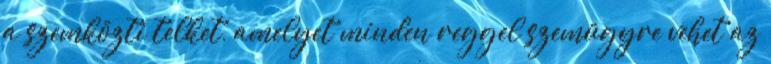
a szemközti telket, amelyet minden reggel szemügyre vehet az